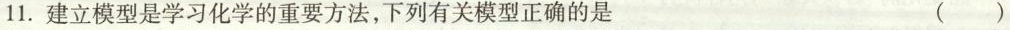
11.建立模型是学习化学的重要方法，下列有关模型正确的是 ()